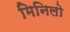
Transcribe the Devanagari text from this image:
मिनिलो